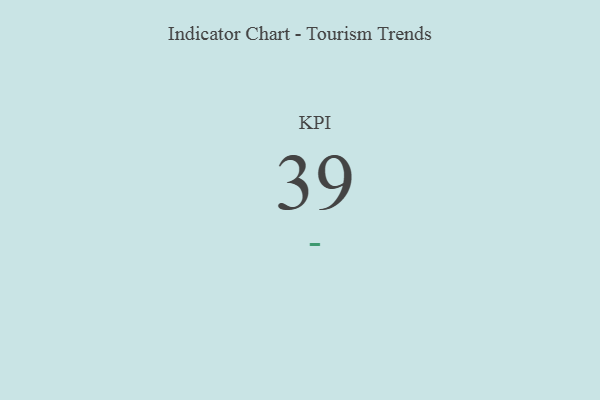
{"axis": {"x": "KPI", "y": "Value"}, "legend": [""], "data": [{"x": "KPI", "y": 39, "type": ""}]}